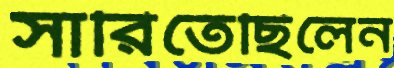
সারিতেছিলেন